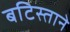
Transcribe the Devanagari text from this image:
बटिस्ताने